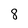
Character: 8